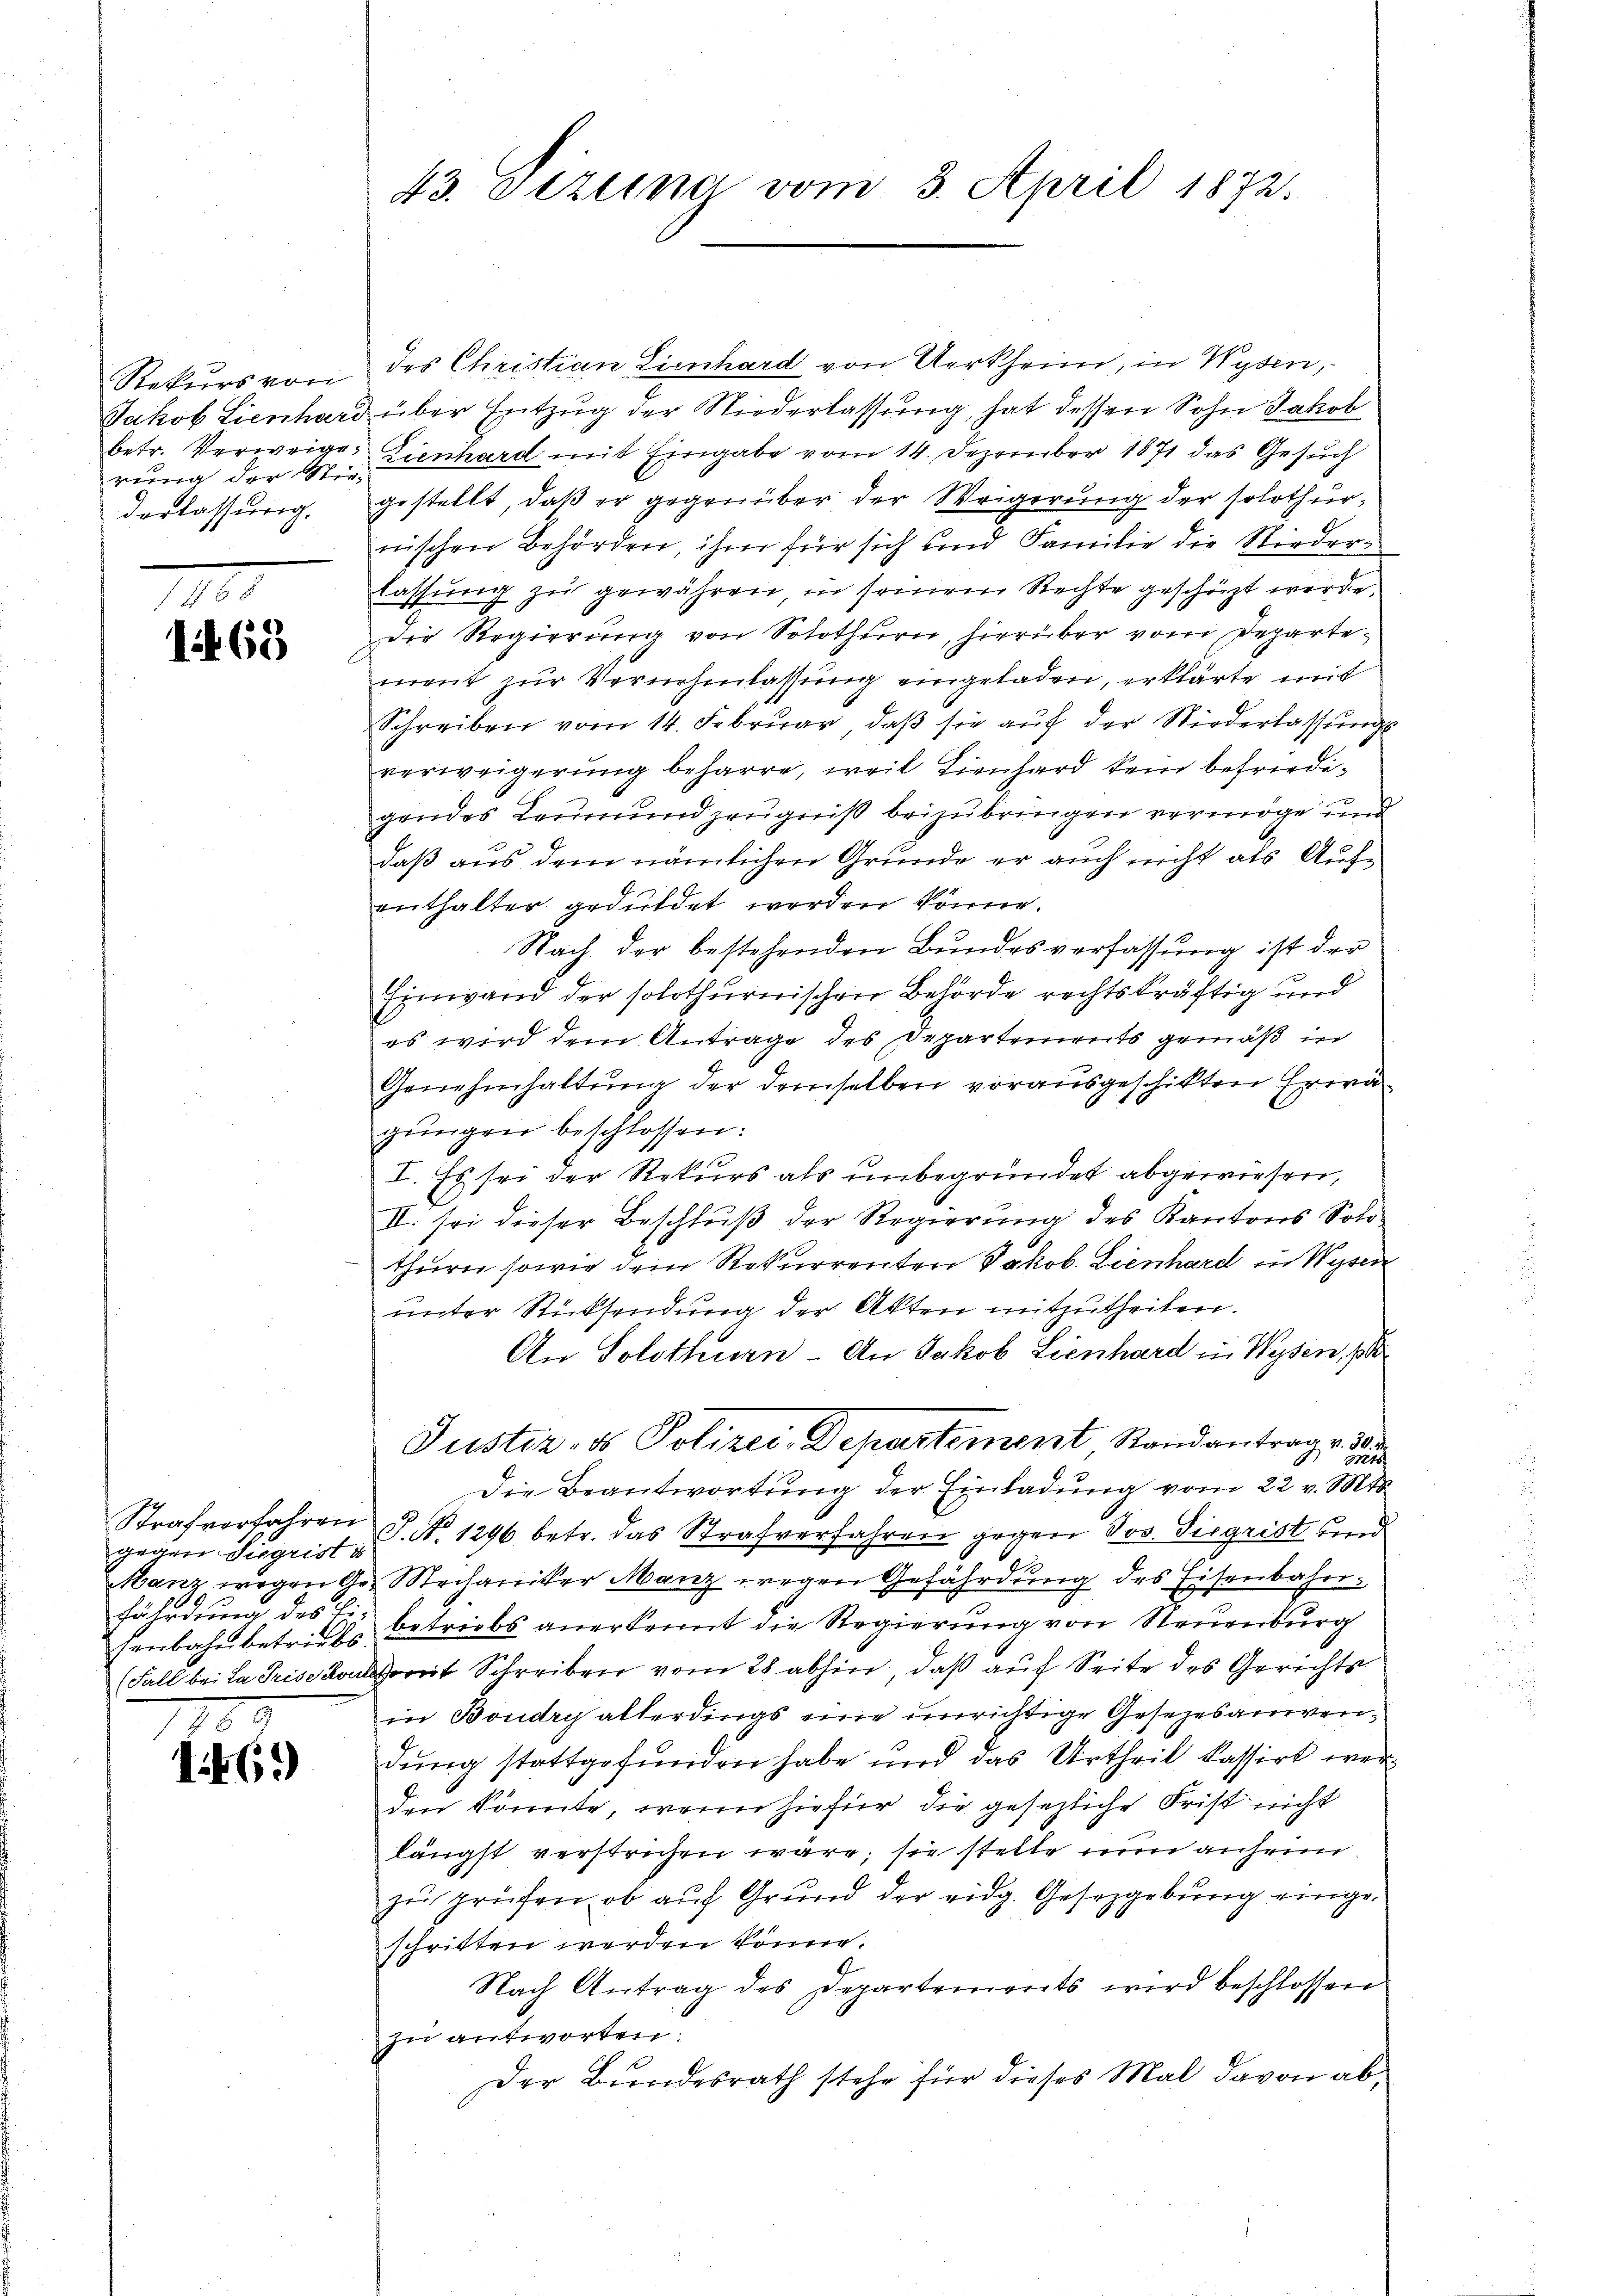
Rekurs von
rung der Wie-
derlassung.

1469

gegen Siegrist i
fährdung des Ei¬

7
1469)

43. Deztina vom 3. April 1872.

des Christian Lienhard von Aerkheim, in Wysen,
Jakob Lienhard über Entzug der Niederlassung, hat dessen Sohn Jakob
betr. Verweige Lienhard mit Eingabe vom 14. Dezember 1871 das Gesuch
gestellt, daß er gegenüber der Weigerung der solothur,
nischen Behörden, ihm für sich und Familie die Niederlassŭng zŭ gewähren, in seinem Rechte geschäzt werde.
dDie Regierung von Solothurn, hierüber vom Departement zur Vernehmlassung eingeladen, erklärte mit
Schreiben vom 14. Februar, daβ sie aŭf der Niederlassŭngs
verweigerung beharre, weil Lienhard kein befriedigendes Leumund zeugniß beizubringen vermöge und
daß aus dem nämlichen Grunde er auch nicht als Aufenthalter geduldet werden könne.
Nach der bestehenden Bundesverfassung ist der
Einwand der solothurnischen Behörde rechtskräftig und
es wird dem Antrage des Departements gemäß in
Genehmhaltung der demselben vorausgeschikten Erwägŭngen beschlossen:
I. Es sei der Rekurs als unbegründet abgewiesen,
II. sei dieser Beschluß der Regierung des Kantons Solothurn sowie dem Rekurrenten Jakob. Lienhard in Wysen
unter Rücksendung der Akten mitzutheilen.
An Solothurn - An Jakob Lienhard in Wysen, p
Justiz, es Polizei-Departement Standantrage d
Die Beantwortung der Einladung vom 22 v. Mts.
Strafverfahren S. Nr. 1296 betr. das Strafverfahren gegen Jos. Siegrist und
Manz wegen Ges. Mechaniker Manz wegen Gefährdung des Eisenbahnsenbahnbetr. des betriebs anerkennt die Regierŭng von Neuenburg
(Fall bei La Prise mit Schreiben vom 28. abhin, daß auf Seite des Gerichts
in Boudry allerdings eine unrichtige Gesezesanwendung stattgefunden habe und das Urtheil kassirt werden könnte, wenn hiefür die gesezliche Frist nicht
längst verstrichen wäre; sie stelle nun anheim.
zu prüfen, ob auf Grund der eidg. Gesetzgebung eingeschritten werden könne.
Nach Antrag des Departements wird beschlossen
zu antworten.
Der Bundesrath stehe für dieses Mal davon ab¬